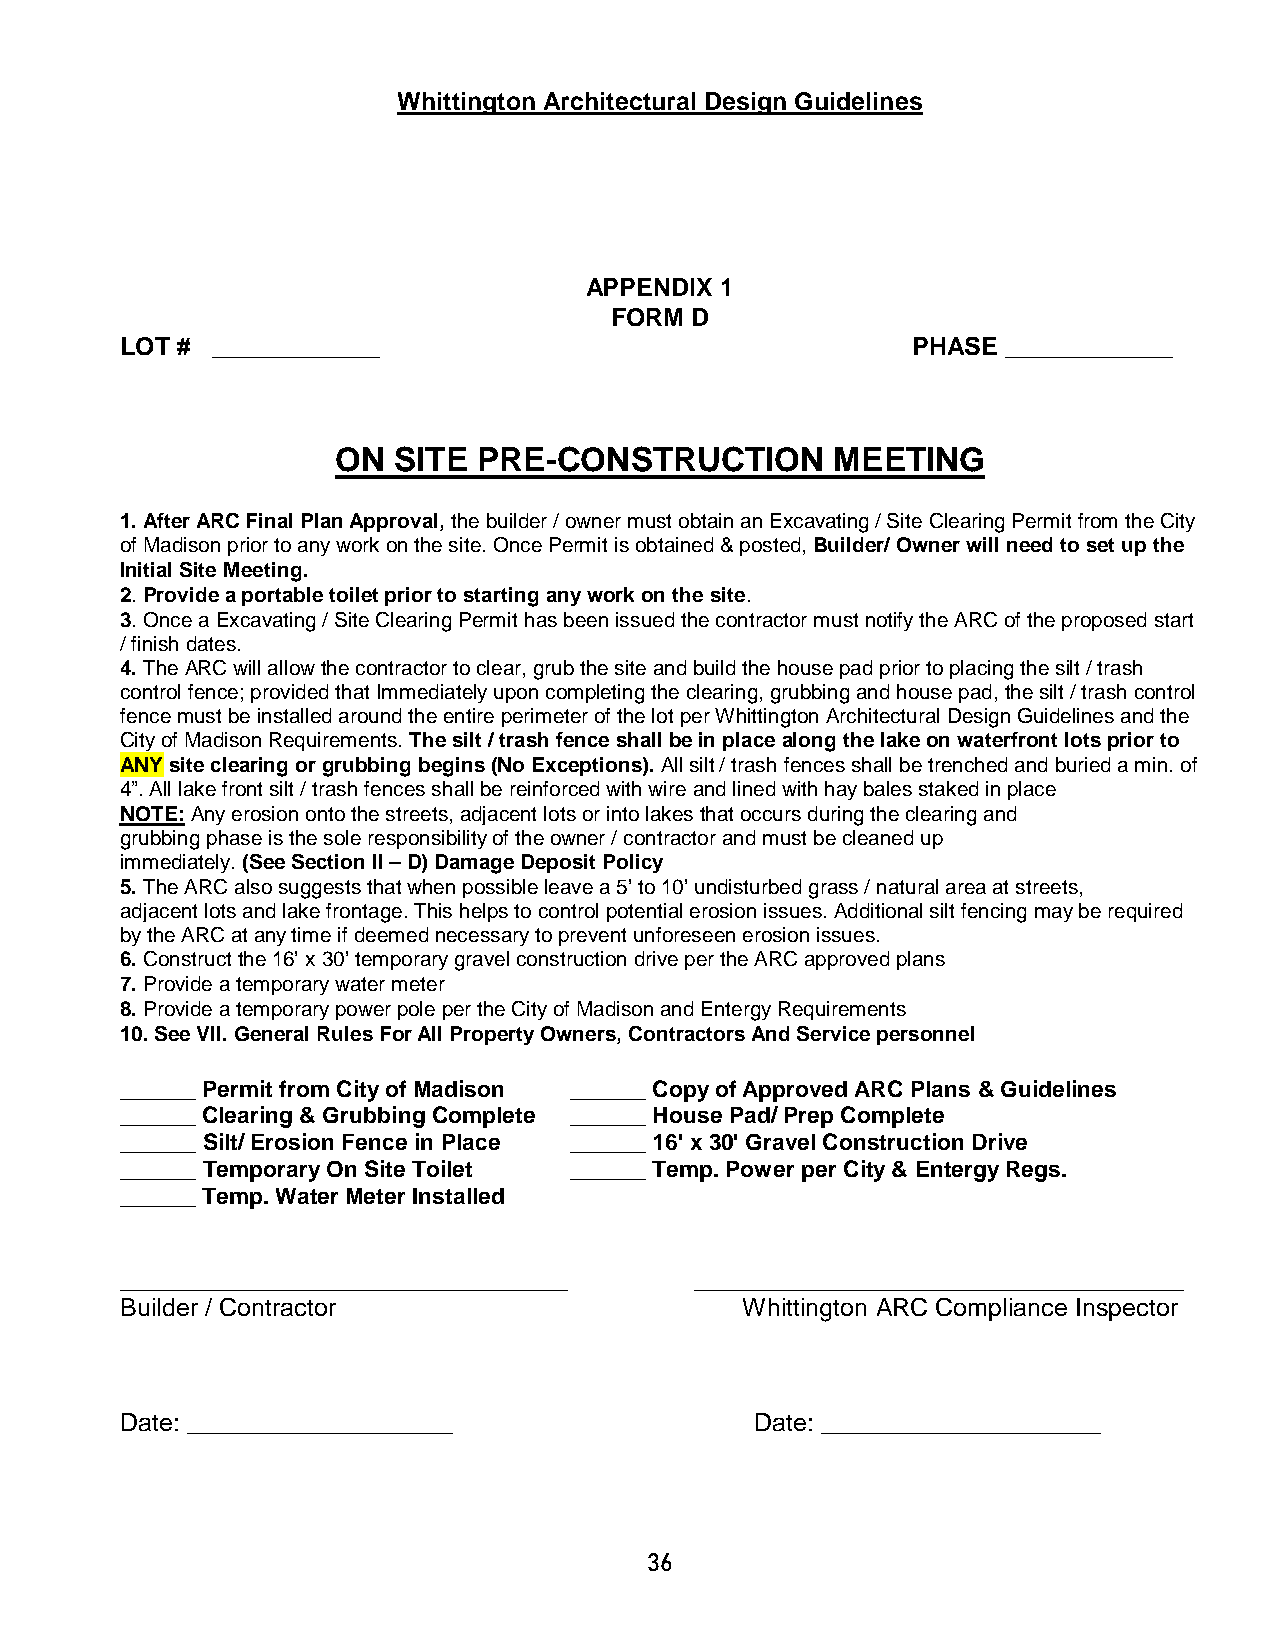
Whittington Architectural Design Guidelines
 APPENDIX 1
 FORM  D
 LOT # ____________                                  PHASE  ____________
 ON  SITE  PRE-CONSTRUCTION       MEETING
 1. After ARC Final Plan Approval, the builder / owner must obtain an Excavating / Site Clearing Permit from the City
 of Madison prior to any work on the site. Once Permit is obtained & posted, Builder/ Owner will need to set up the
 Initial Site Meeting.
 2. Provide a portable toilet prior to starting any work on the site.
 3. Once a Excavating / Site Clearing Permit has been issued the contractor must notify the ARC of the proposed start
 / finish dates.
 4. The ARC will allow the contractor to clear, grub the site and build the house pad prior to placing the silt / trash
 control fence; provided that Immediately upon completing the clearing, grubbing and house pad, the silt / trash control
 fence must be installed around the entire perimeter of the lot per Whittington Architectural Design Guidelines and the
 City of Madison Requirements. The silt / trash fence shall be in place along the lake on waterfront lots prior to
 ANY site clearing or grubbing begins (No Exceptions). All silt / trash fences shall be trenched and buried a min. of
 4”. All lake front silt / trash fences shall be reinforced with wire and lined with hay bales staked in place
 NOTE: Any erosion onto the streets, adjacent lots or into lakes that occurs during the clearing and
 grubbing phase is the sole responsibility of the owner / contractor and must be cleaned up
 immediately. (See Section II – D) Damage Deposit Policy
 5. The ARC also suggests that when possible leave a 5’ to 10’ undisturbed grass / natural area at streets,
 adjacent lots and lake frontage. This helps to control potential erosion issues. Additional silt fencing may be required
 by the ARC at any time if deemed necessary to prevent unforeseen erosion issues.
 6. Construct the 16’ x 30’ temporary gravel construction drive per the ARC approved plans
 7. Provide a temporary water meter
 8. Provide a temporary power pole per the City of Madison and Entergy Requirements
 10. See VII. General Rules For All Property Owners, Contractors And Service personnel
 ______ Permit from City of Madison ______ Copy of Approved ARC Plans & Guidelines
 ______ Clearing & Grubbing Complete ______ House Pad/ Prep Complete
 ______ Silt/ Erosion Fence in Place ______ 16' x 30' Gravel Construction Drive
 ______ Temporary On Site Toilet ______ Temp. Power per City & Entergy Regs.
 ______ Temp. Water Meter Installed
 ________________________________      ___________________________________
 Builder / Contractor                     Whittington ARC Compliance Inspector
 Date: ___________________                 Date: ____________________
 36